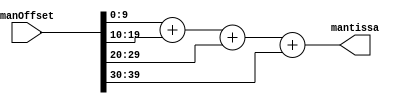
module adder_4in #(
    parameter sigWidth   = 4,
    parameter low_expand = 2
) (
    input  [(sigWidth+4+low_expand)*4-1:0] manOffset,
    output [ (sigWidth+4+low_expand) -1:0] mantissa
);

  assign mantissa =  manOffset[sigWidth+low_expand+3:0] 
                  + manOffset[2*(sigWidth+4+low_expand)-1:sigWidth+4+low_expand] 
                  + manOffset[3*(sigWidth+low_expand+4)-1:2*(sigWidth+low_expand+4)] 
                  + manOffset[4*(sigWidth+4+low_expand)-1:3*(sigWidth+4+low_expand)];

endmodule